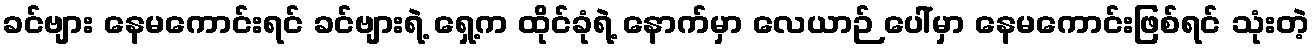
ခင်ဗျား နေမကောင်းရင် ခင်ဗျားရဲ့ ရှေ့က ထိုင်ခုံရဲ့ နောက်မှာ လေယာဉ် ပေါ်မှာ နေမကောင်းဖြစ်ရင် သုံးတဲ့